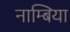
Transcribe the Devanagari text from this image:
नाम्बिया